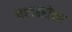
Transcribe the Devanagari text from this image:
चहाबरोबर